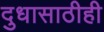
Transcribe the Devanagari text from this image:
दुधासाठीही